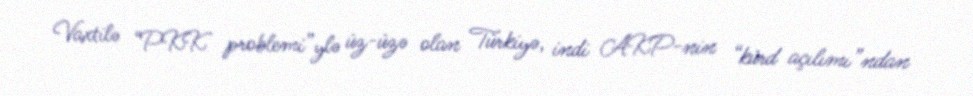
Vaxtilə “PKK problemi”ylə üz-üzə olan Türkiyə, indi AKP-nin “kürd açılımı”ndan